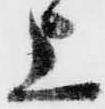
上